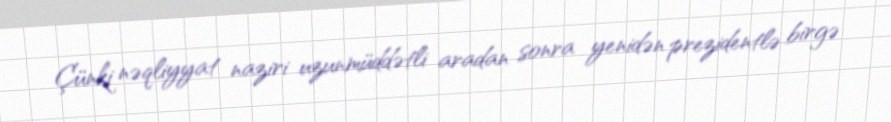
Çünki nəqliyyat naziri uzunmüddətli aradan sonra yenidən prezidentlə birgə